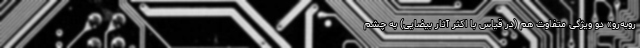
روبه‌رو» دو ويژگی متفاوت هم (در قياس با اكثر آثار بيضايی) به چشم